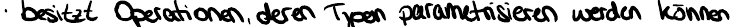
besitzt Operationen, deren Typen parametrisieren werden können